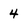
Character: 4